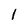
Character: 1